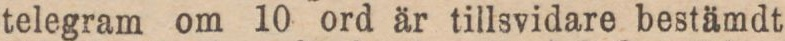
telegram om 10 ord är tillsvidare bestämdt